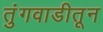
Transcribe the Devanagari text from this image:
तुंगवाडीतून